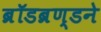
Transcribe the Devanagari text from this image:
ब्रॉडब्रण्डने